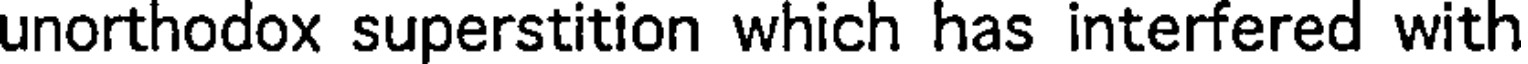
unorthodox superstition which has interfered with